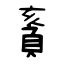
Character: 賌